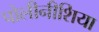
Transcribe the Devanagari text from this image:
पोलीनीशिया